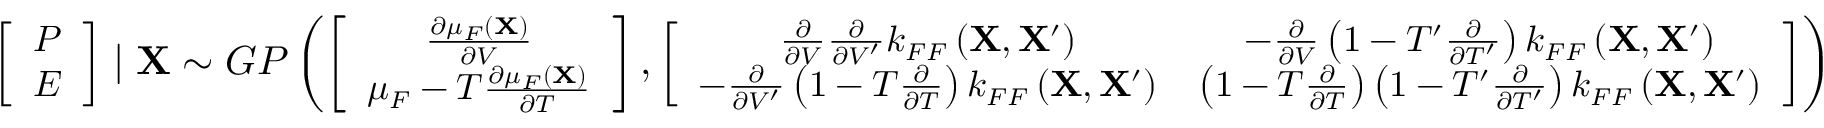
\small \left[ \begin{array} { c c } { P } \\ { E } \end{array} \right] \mid \mathbf { X } \sim G P \left( \left[ \begin{array} { c c } { \frac { \partial \mu _ { F } \left( \mathbf { X } \right) } { \partial V } } \\ { \mu _ { F } - T \frac { \partial \mu _ { F } \left( \mathbf { X } \right) } { \partial T } } \end{array} \right] , \left[ \begin{array} { c c } { \frac { \partial } { \partial V } \frac { \partial } { \partial V ^ { \prime } } k _ { F F } \left( \mathbf { X } , \mathbf { X } ^ { \prime } \right) } & { - \frac { \partial } { \partial V } \left( 1 - T ^ { \prime } \frac { \partial } { \partial T ^ { \prime } } \right) k _ { F F } \left( \mathbf { X } , \mathbf { X } ^ { \prime } \right) } \\ { - \frac { \partial } { \partial V ^ { \prime } } \left( 1 - T \frac { \partial } { \partial T } \right) k _ { F F } \left( \mathbf { X } , \mathbf { X } ^ { \prime } \right) } & { \left( 1 - T \frac { \partial } { \partial T } \right) \left( 1 - T ^ { \prime } \frac { \partial } { \partial T ^ { \prime } } \right) k _ { F F } \left( \mathbf { X } , \mathbf { X } ^ { \prime } \right) } \end{array} \right] \right)